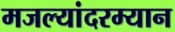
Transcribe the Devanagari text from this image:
मजल्यांदरम्यान